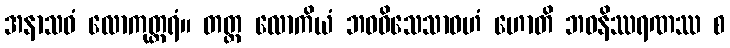
အနာသဝံ လောကုတ္တရံ။ တတ္ထ လောကိယံ ဘဝဝိသေသာဝဟံ ဟောတိ ဘဝနိဿရဏဿ စ